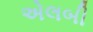
એલબી